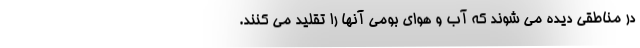
در مناطقی دیده می‌ شوند که آب و هوای بومی آنها را تقلید می‌ کنند.